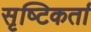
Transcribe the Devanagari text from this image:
सृष्‍टिकर्ता